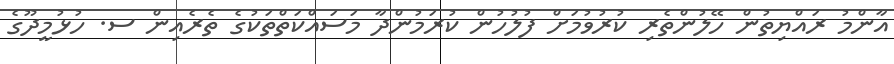
އާންމު ރައްޔިތުން ހޭލުންތެރި ކުރުވުމަށް ފުލުހުން ކުރަމުންދާ މަސައްކަތްތަކުގެ ތެރެއިން ސ. ހުޅުމީދޫގެ